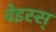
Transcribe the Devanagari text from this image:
वेइस्स्